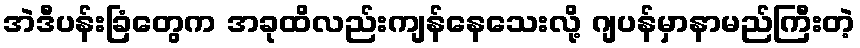
အဲဒီပန်းခြံတွေက အခုထိလည်းကျန်နေသေးလို့ ဂျပန်မှာနာမည်ကြီးတဲ့